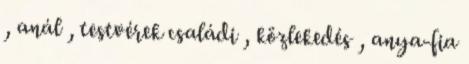
, anál , testvérek családi , közlekedés , anya-fia